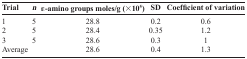
<table><thead><tr><td><b>Trial</b></td><td><b><i>n</i></b></td><td><b>ε-amino groups moles/g (×10<sup>5</sup>)</b></td><td><b>SD</b></td><td><b>Coefficient of variation</b></td></tr></thead><tbody><tr><td>1</td><td>5</td><td>28.8</td><td>0.2</td><td>0.6</td></tr><tr><td>2</td><td>5</td><td>28.4</td><td>0.35</td><td>1.2</td></tr><tr><td>3</td><td>5</td><td>28.6</td><td>0.3</td><td>1</td></tr><tr><td>Average</td><td></td><td>28.6</td><td>0.4</td><td>1.3</td></tr></tbody></table>